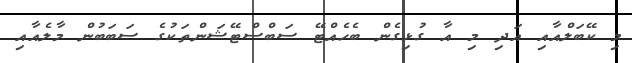
މި ކޭބަލްއާއި އަދި މި އާ ގުޅިގެން ބެހެއްޓޭ ސަބްސްޓޭޝަންތަކުގެ ސަބަބުން މާލެއާއި